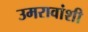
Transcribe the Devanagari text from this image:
उमरावांशी